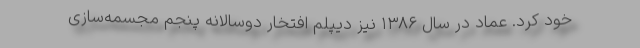
خود کرد. عماد در سال ۱۳۸۶ نیز دیپلم افتخار دوسالانهٔ پنجم مجسمه‌سازی